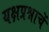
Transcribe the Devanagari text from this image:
यक्षप्रश्नाचें